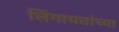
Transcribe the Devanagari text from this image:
लिंगायतांच्या